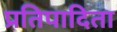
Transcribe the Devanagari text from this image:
प्रतिपादिता